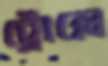
ট্রোল্লে